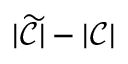
| \widetilde { \mathcal { C } } | - | \mathcal { C } |